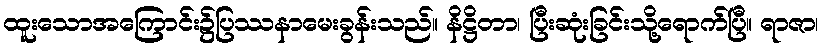
ထူးသောအကြောင်း၌ပြဿနာမေးခွန်းသည်။ နိဋ္ဌိတာ၊ ပြီးဆုံးခြင်းသို့ရောက်ပြီ။ ရာဇာ၊